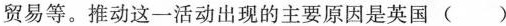
贸易等。推动这一活动出现的主要原因是英国( )